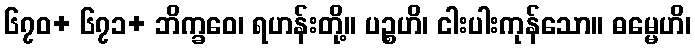
၆၇၀+ ၆၇၁+ ဘိက္ခဝေ၊ ရဟန်းတို့။ ပဉ္စဟိ၊ ငါးပါးကုန်သော။ ဓမ္မေဟိ၊